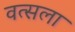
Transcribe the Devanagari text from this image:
वत्‍सला